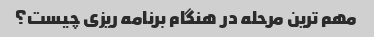
مهم ترین مرحله در هنگام برنامه ریزی چیست؟